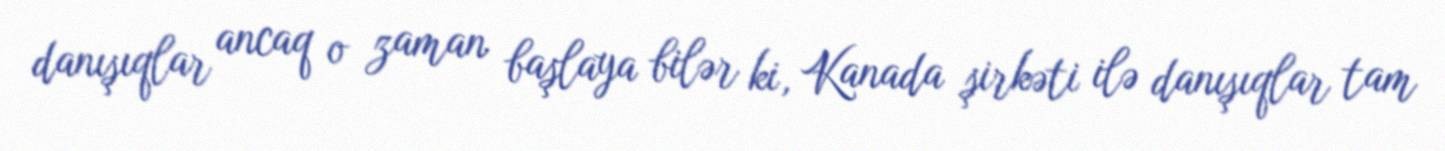
danışıqlar ancaq o zaman başlaya bilər ki, Kanada şirkəti ilə danışıqlar tam